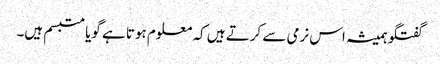
گفتگو ہمیشہ اس نرمی سے کرتے ہیں کہ معلوم ہوتا ہے گویا متبسم ہیں۔